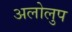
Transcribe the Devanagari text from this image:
अलोलुप